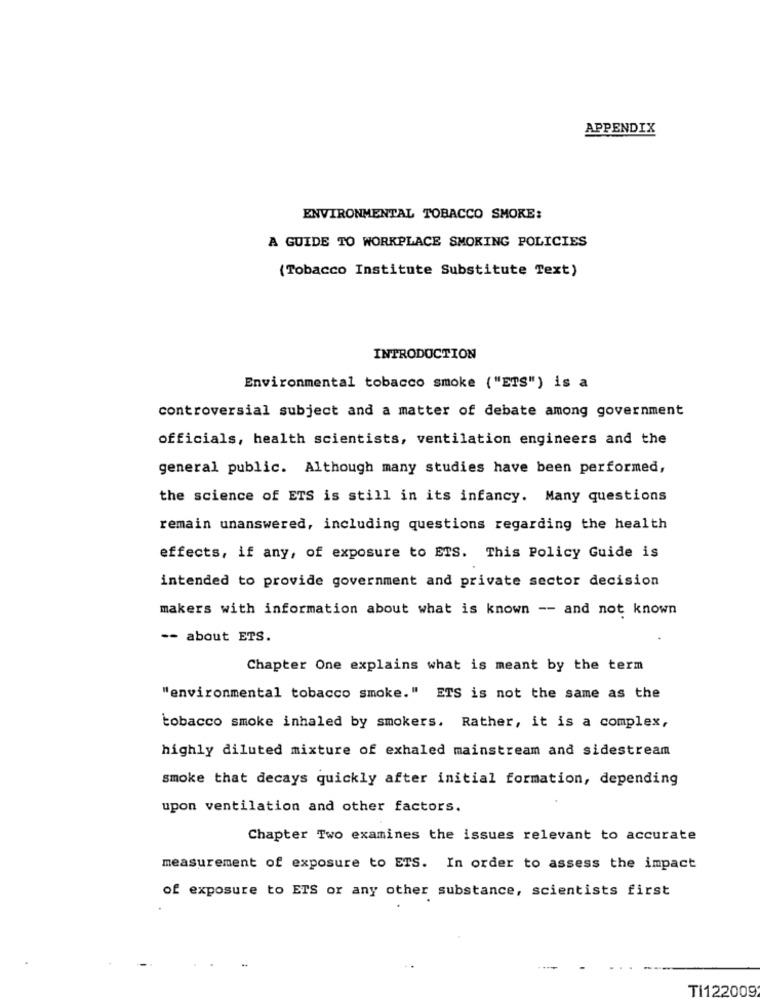
APPENDIX
ENVIRONMENTAL TOBACCO SMOKE:
A GUIDE TO WORKPLACE SMOKING POLICIES
(Tobacco Institute Substitute Text)
INTRODUCTION
Environmental tobacco smoke ("ETS") is a
controversial subject and a matter of debate among government
officials, health scientists, ventilation engineers and the
general public. Although many studies have been performed,
the science of ETS is still in its infancy. Many questions
remain unanswered, including questions regarding the health
effects, if any, of exposure to ETS. This Policy Guide is
intended to provide government and private sector decision
makers with information about what is known -- and not known
-- about ETS.
Chapter One explains what is meant by the term
"environmental tobacco smoke." ETS is not the same as the
tobacco smoke inhaled by smokers. Rather, it is a complex,
highly diluted mixture of exhaled mainstream and sidestream
smoke that decays quickly after initial formation, depending
upon ventilation and other factors.
Chapter Two examines the issues relevant to accurate
measurement of exposure to ETS. In order to assess the impact
of exposure to ETS or any other substance, scientists first
Ti122009